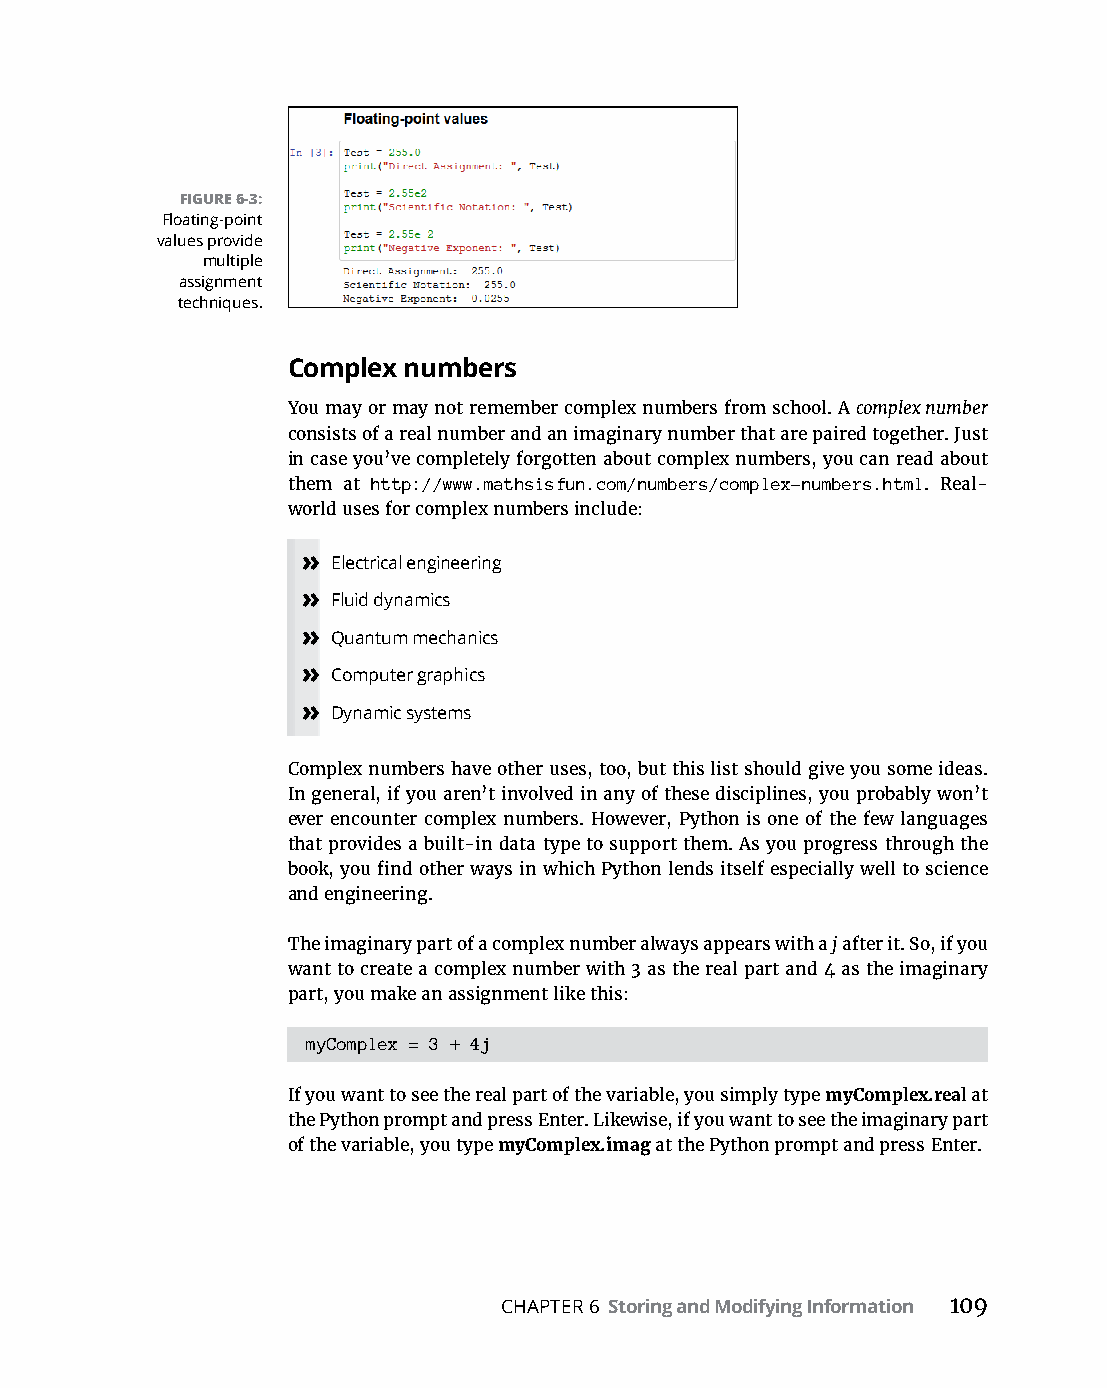
FIGURE 6-3:
 Floating-point
 values provide
 multiple
 assignment
 techniques.
 Complex numbers
 You may or may not remember complex numbers from school. A complex number
 consists of a real number and an imaginary number that are paired together. Just
 in case you’ve completely forgotten about complex numbers, you can read about
 them at http://www.mathsisfun.com/numbers/complex-numbers.html. Real-
 world uses for complex numbers include:
 » Electrical engineering
 » Fluid dynamics
 » Quantum mechanics
 » Computer graphics
 » Dynamic systems
 Complex numbers have other uses, too, but this list should give you some ideas.
 In general, if you aren’t involved in any of these disciplines, you probably won’t
 ever encounter complex numbers. However, Python is one of the few languages
 that provides a built-in data type to support them. As you progress through the
 book, you find other ways in which Python lends itself especially well to science
 and engineering.
 The imaginary part of a complex number always appears with a j after it. So, if you
 want to create a complex number with 3 as the real part and 4 as the imaginary
 part, you make an assignment like this:
 myComplex = 3 + 4j
 If you want to see the real part of the variable, you simply type myComplex.real at
 the Python prompt and press Enter. Likewise, if you want to see the imaginary part
 of the variable, you type myComplex.imag at the Python prompt and press Enter.
 CHAPTER 6 Storing and Modifying Information 109